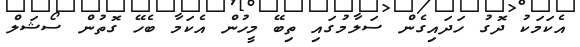
އެކަމަކު ދޮގު ހަދައިގެން ސަލާމުގައި ތިބޭ މީހުން އެކަމާ ބެހޭ ގޮތުން ސޯޝަލް